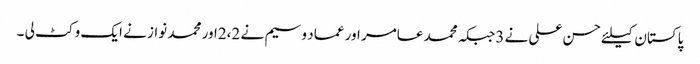
پاکستان کیلئے حسن علی نے 3جبکہ محمد عامر اور عماد وسیم نے 2،2اور محمد نواز نے ایک وکٹ لی ۔